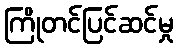
ကြိုတင်ပြင်ဆင်မှု